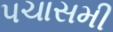
પચાસમી